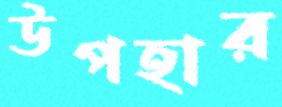
উপহার